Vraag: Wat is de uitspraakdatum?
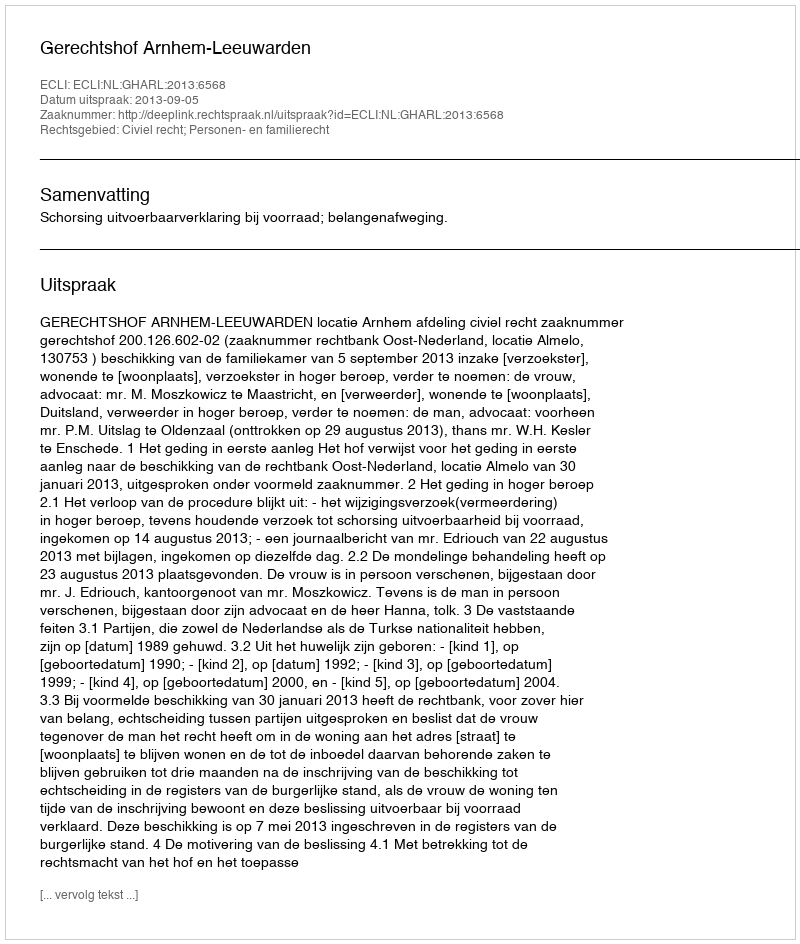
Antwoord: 2013-09-05